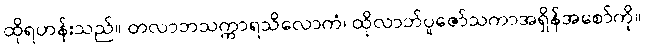
ထိုရဟန်းသည်။ တလာဘသက္ကာရသိလောကံ၊ ထိုလာဘ်ပူဇော်သကာအရှိန်အစော်ကို။